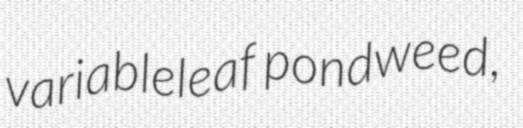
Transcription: variableleaf pondweed,